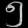
Digit: ၅